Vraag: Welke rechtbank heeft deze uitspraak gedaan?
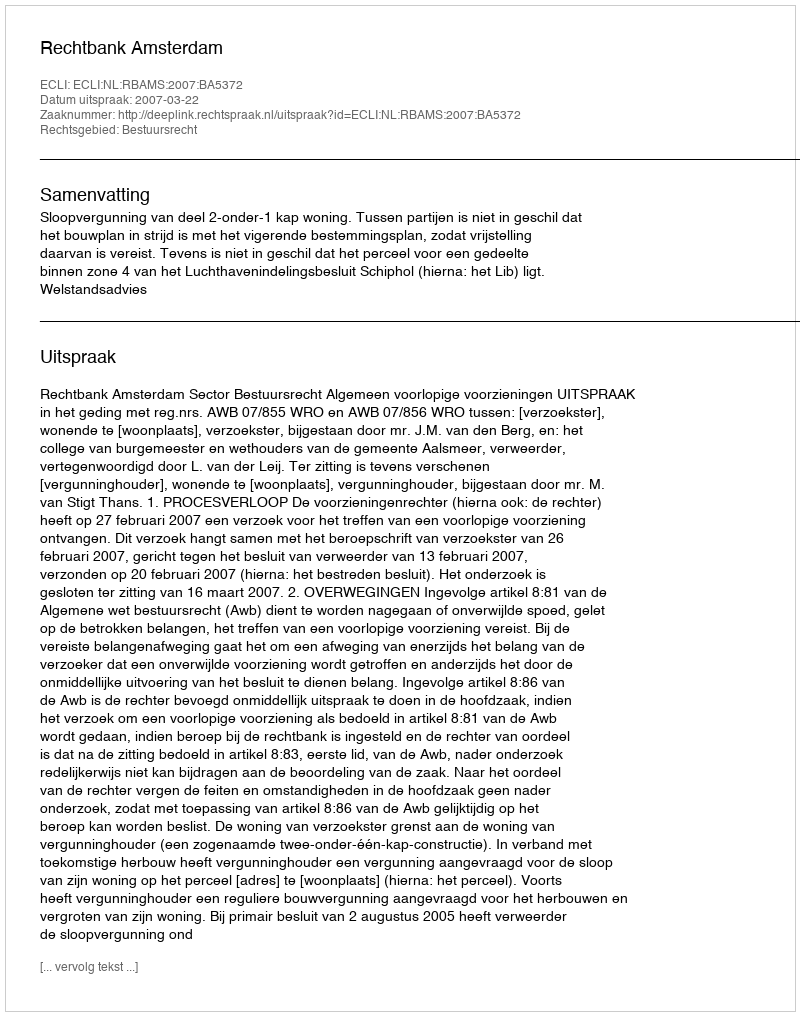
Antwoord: Rechtbank Amsterdam